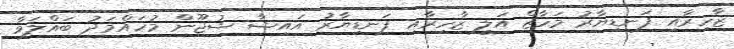
ޒާހިރާއި ފަނޑިޔާރު މަހާޒް އަލީ ޒާހިރާއި ފަނޑިޔާރު އައިޝާ ޝުޖޫން މުހައްމަދު ބައްލަވާ